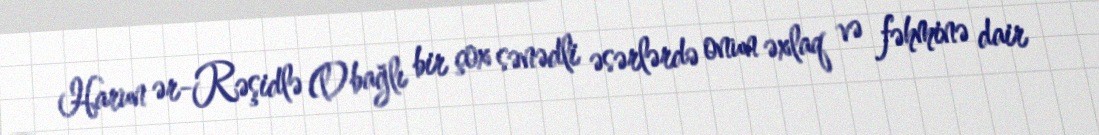
Harun ər-Rəşidlə (l)bağlı bir çox sənədli əsərlərdə onun əxlaq və fəhminə dair